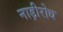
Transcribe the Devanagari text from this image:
नाड़ीरोध